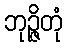
ဘုဉ္ဇိတုံ